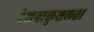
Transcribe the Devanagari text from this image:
देशनाकुशलता